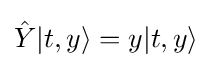
{\hat {Y}}|t,y\rangle =y|t,y\rangle